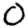
Digit: 0